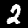
Label: 2